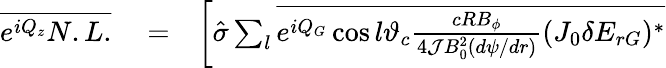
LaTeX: \begin{array}{rlr}{\overline{{e^{iQ_{z}}N.L.}}}&{{}=}&{\left[\hat{\sigma}\sum_{l}\overline{{e^{iQ_{G}}\cos l\vartheta_{c}\frac{cRB_{\phi}}{4{\cal J}B_{0}^{2}(d\psi/dr)}(J_{0}\delta E_{rG})^{*}}}\right.}\end{array}